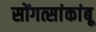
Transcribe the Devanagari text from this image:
सोंगत्सांकांबू